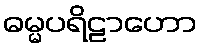
ဓမ္မပရိဠာဟော